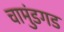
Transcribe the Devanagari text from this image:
चामुंडगड